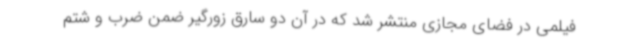
فیلمی در فضای مجازی منتشر شد که در آن دو سارق زورگیر ضمن ضرب و شتم